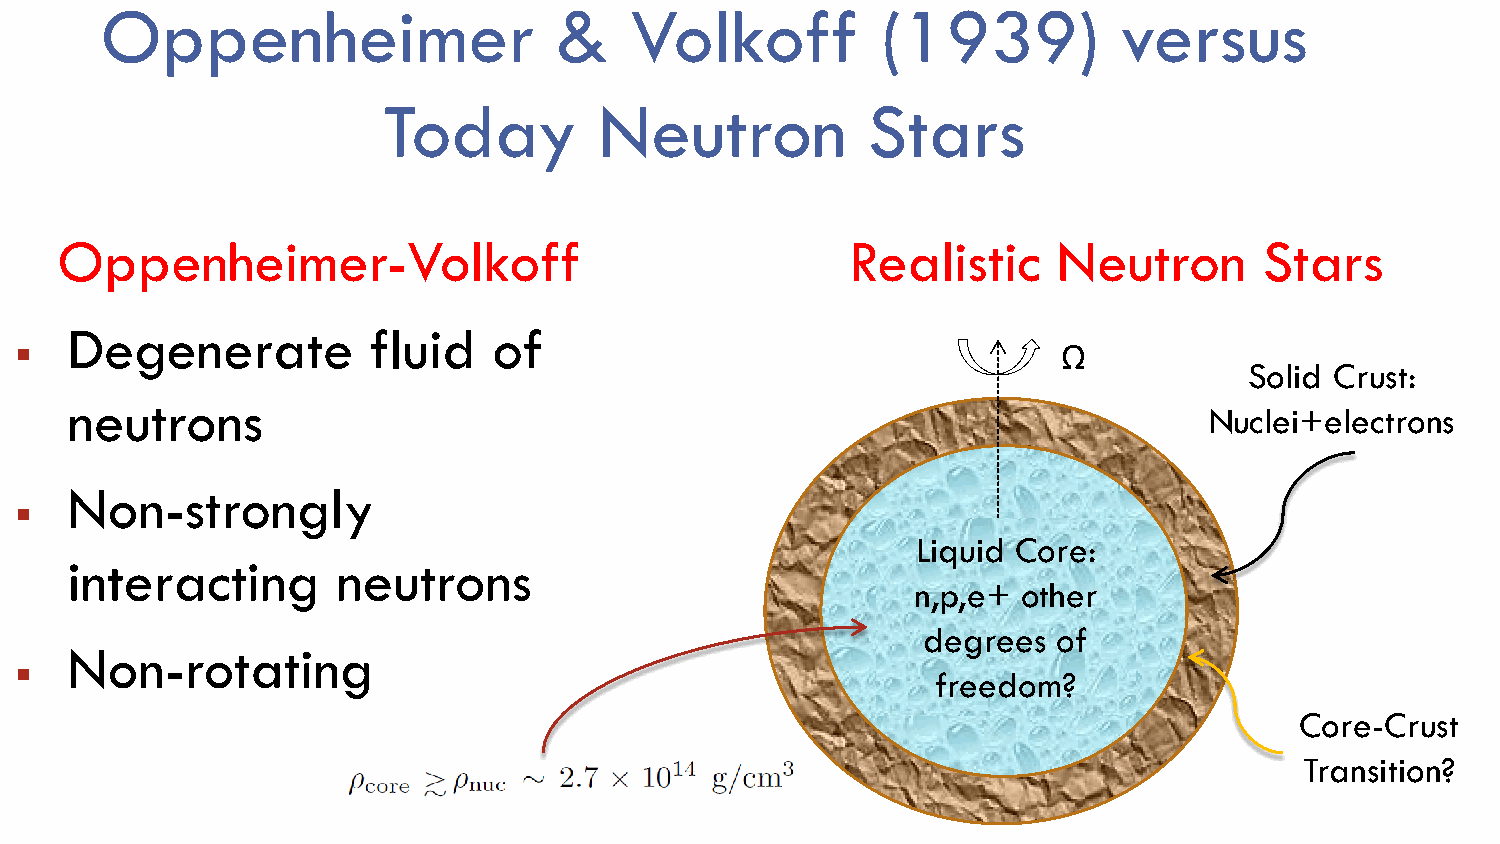
Oppenheimer                   &    Volkoff         (1939)          versus
 Today          Neutron          Stars
 Oppenheimer-Volkoff                                 Realistic     Neutron       Stars
 Degenerate          fluid    of
                                                                     Ω
 Solid Crust:
 neutrons
 Nuclei+electrons
 Non-strongly
 
 Liquid Core:
 interacting       neutrons
 n,p,e+ other
 degrees  of
 Non-rotating
 
 freedom?
 Core-Crust
 Transition?